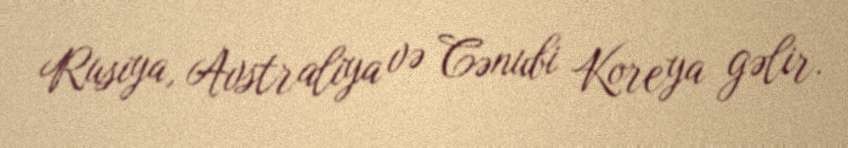
Rusiya, Avstraliya və Cənubi Koreya gəlir.